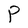
Character: P